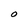
Character: O